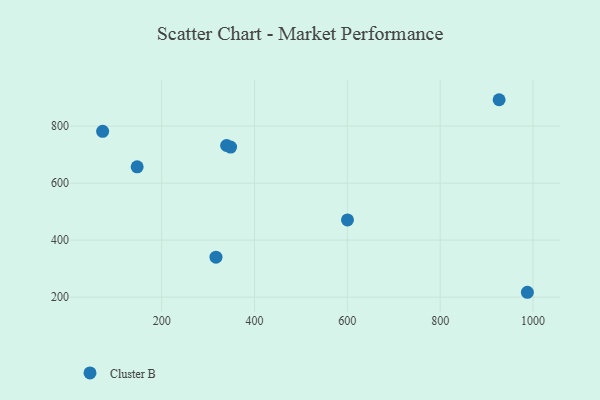
{"axis": {"x": "Price", "y": "Fuel Efficiency"}, "legend": ["Cluster B"], "data": [{"x": "317.0", "y": 340.1, "type": "Cluster B"}, {"x": "987.9", "y": 217.0, "type": "Cluster B"}, {"x": "147.2", "y": 656.9, "type": "Cluster B"}, {"x": "600.3", "y": 470.7, "type": "Cluster B"}, {"x": "339.9", "y": 731.8, "type": "Cluster B"}, {"x": "72.8", "y": 781.4, "type": "Cluster B"}, {"x": "348.5", "y": 726.3, "type": "Cluster B"}, {"x": "927.0", "y": 892.4, "type": "Cluster B"}]}